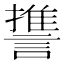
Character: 𮘱